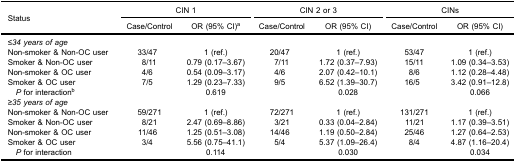
<table><thead><tr><td rowspan="3"><b>Status</b></td><td colspan="2"><b>CIN 1</b></td><td colspan="2"><b>CIN 2 or 3</b></td><td colspan="2"><b>CINs</b></td></tr><tr><td><b>Case/Control</b></td><td><b>OR (95% CI)<sup>a</sup></b></td><td><b>Case/Control</b></td><td><b>OR (95% CI)</b></td><td><b>Case/Control</b></td><td><b>OR (95% CI)</b></td></tr></thead><tbody><tr><td><i>≤34 years of age</i></td><td> </td><td> </td><td> </td><td> </td><td> </td><td> </td></tr><tr><td>Non-smoker &amp; Non-OC user</td><td>33/47</td><td>1 (ref.)</td><td>20/47</td><td>1 (ref.)</td><td>53/47</td><td>1 (ref.)</td></tr><tr><td>Smoker &amp; Non-OC user</td><td>8/11</td><td>0.79 (0.17–3.67)</td><td>7/11</td><td>1.72 (0.37–7.93)</td><td>15/11</td><td>1.09 (0.34–3.53)</td></tr><tr><td>Non-smoker &amp; OC user</td><td>4/6</td><td>0.54 (0.09–3.17)</td><td>4/6</td><td>2.07 (0.42–10.1)</td><td>8/6</td><td>1.12 (0.28–4.48)</td></tr><tr><td>Smoker &amp; OC user</td><td>7/5</td><td>1.29 (0.23–7.33)</td><td>9/5</td><td>6.52 (1.39–30.7)</td><td>16/5</td><td>3.42 (0.91–12.8)</td></tr><tr><td> <i>P</i> for interaction<sup>b</sup></td><td> </td><td>0.619</td><td> </td><td>0.028</td><td> </td><td>0.066</td></tr><tr><td><i>≥35 years of age</i></td><td> </td><td> </td><td> </td><td> </td><td> </td><td> </td></tr><tr><td>Non-smoker &amp; Non-OC user</td><td>59/271</td><td>1 (ref.)</td><td>72/271</td><td>1 (ref.)</td><td>131/271</td><td>1 (ref.)</td></tr><tr><td>Smoker &amp; Non-OC user</td><td>8/21</td><td>2.47 (0.69–8.86)</td><td>3/21</td><td>0.33 (0.04–2.84)</td><td>11/21</td><td>1.17 (0.39–3.51)</td></tr><tr><td>Non-smoker &amp; OC user</td><td>11/46</td><td>1.25 (0.51–3.08)</td><td>14/46</td><td>1.19 (0.50–2.84)</td><td>25/46</td><td>1.27 (0.64–2.53)</td></tr><tr><td>Smoker &amp; OC user</td><td>3/4</td><td>5.56 (0.75–41.1)</td><td>5/4</td><td>5.37 (1.09–26.4)</td><td>8/4</td><td>4.87 (1.16–20.4)</td></tr><tr><td> <i>P</i> for interaction</td><td> </td><td>0.114</td><td> </td><td>0.030</td><td> </td><td>0.034</td></tr></tbody></table>